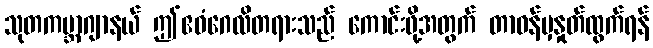
သုတကမ္ဘာဂျာနယ် ဤဧဝံဂေလိတရားသည် ကောင်းဖို့အတွက် တာဝန်မှနှုတ်ထွက်ရန်